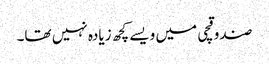
صندوقچی میں ویسے کچھ زیادہ نہیں تھا۔